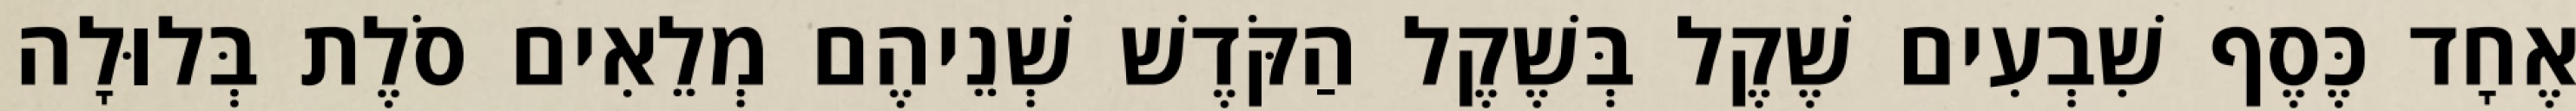
אֶחָד כֶּסֶף שִׁבְעִים שֶׁקֶל בְּשֶׁקֶל הַקֹּדֶשׁ שְׁנֵיהֶם מְלֵאִים סֹלֶת בְּלוּלָה